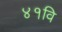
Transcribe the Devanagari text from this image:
४१वि